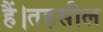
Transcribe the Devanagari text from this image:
हैं।तहसील